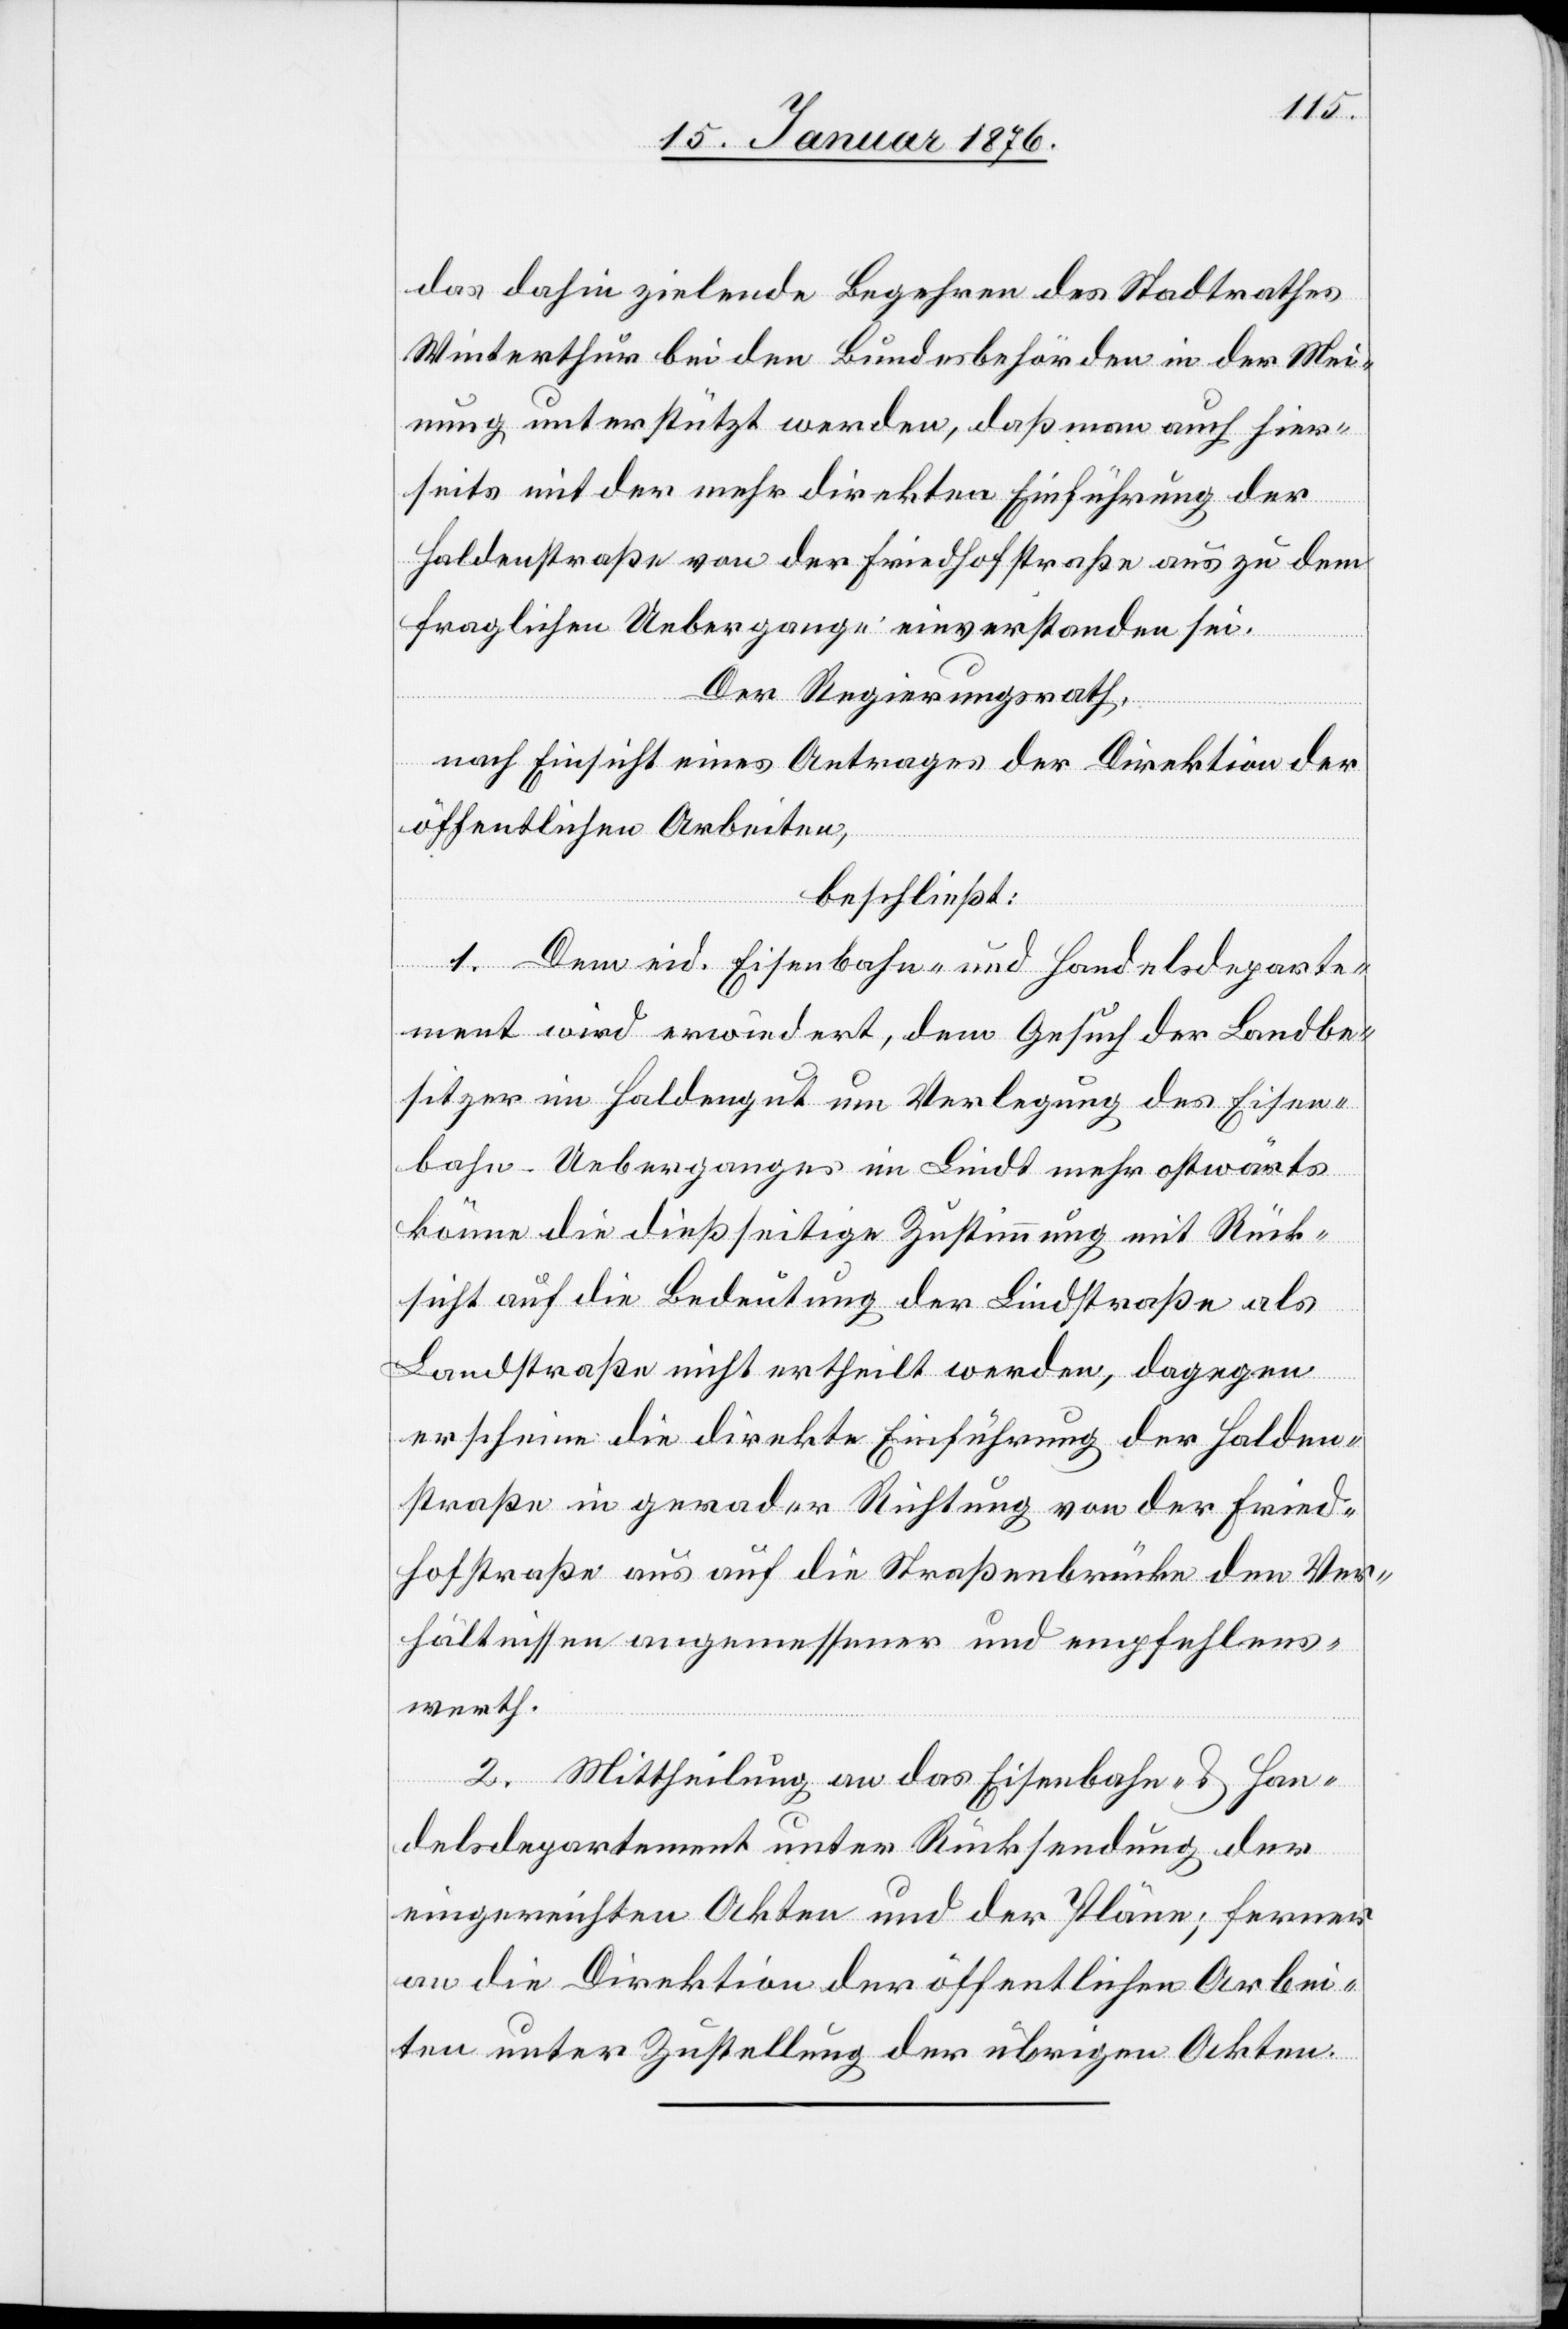
das dahin zielende Begehren des Stadtrathes
Winterthur bei den Bundesbehörden in der Mei¬
nung unterstützt werden, daß man auch hier¬
seits mit der mehr direkten Einführung der
Haldenstraße von der Friedhofstraße aus zu dem
fraglichen Uebergange einverstanden sei.
Der Regierungsrath,
nach Einsicht eines Antrages der Direktion der
öffentlichen Arbeiten,
beschließt:
1. Dem eid. Eisenbahn- und Handelsdeparte¬
ment wird erwiedert, dem Gesuch der Landbe¬
sitzer im Haldengut um Verlegung des Eisen¬
bahn-Ueberganges im Lindt mehr ostwärts
könne die dießseitige Zustimmung mit Rück¬
sicht auf die Bedeutung der Lindstraße als
Landstraße nicht ertheilt werden, dagegen
erscheine die direkte Einführung der Halden¬
straße in gerader Richtung von der Fried¬
hofstraße aus auf die Straßenbrücke den Ver¬
hältnissen angemessener und empfehlens¬
werth.
2. Mittheilung an das Eisenbahn- u. Han¬
delsdepartement unter Rücksendung der
eingereichten Akten und der Pläne; ferner
an die Direktion der öffentlichen Arbei¬
ten unter Zustellung der übrigen Akten.